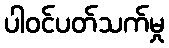
ပါဝင်ပတ်သက်မှု